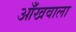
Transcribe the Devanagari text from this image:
आँखवाला